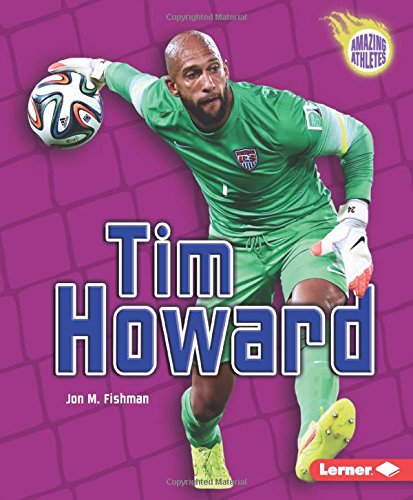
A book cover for Tim Howard (Amazing Athletes); Jon M. Fishman; Children's Books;